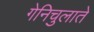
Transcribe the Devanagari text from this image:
गेनिचुलाते